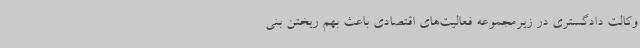
وکالت دادگستری در زیرمجموعه فعالیت‌های اقتصادی باعث بهم ریختن بنی